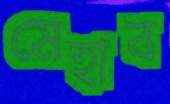
মেহাব